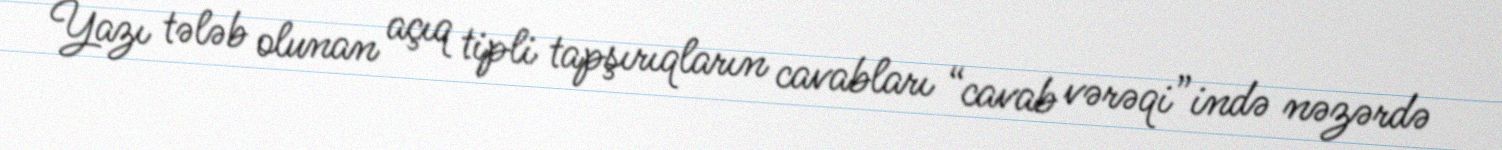
Yazı tələb olunan açıq tipli tapşırıqların cavabları “cavab vərəqi”ində nəzərdə